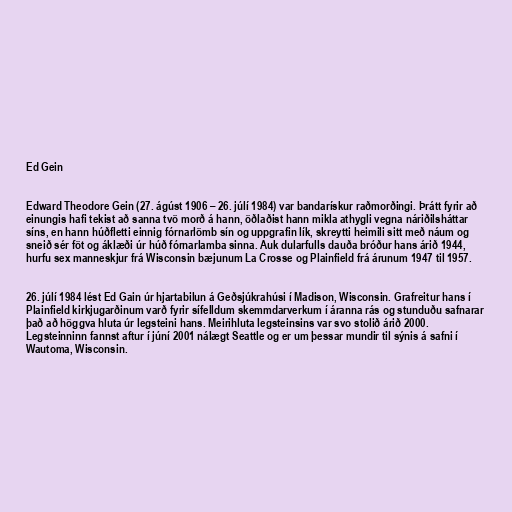
Ed Gein

Edward Theodore Gein (27. ágúst 1906 – 26. júlí 1984) var bandarískur raðmorðingi. Þrátt fyrir að
einungis hafi tekist að sanna tvö morð á hann, öðlaðist hann mikla athygli vegna náriðilsháttar
síns, en hann húðfletti einnig fórnarlömb sín og uppgrafin lík, skreytti heimili sitt með náum og
sneið sér föt og áklæði úr húð fórnarlamba sinna. Auk dularfulls dauða bróður hans árið 1944,
hurfu sex manneskjur frá Wisconsin bæjunum La Crosse og Plainfield frá árunum 1947 til 1957.

26. júlí 1984 lést Ed Gain úr hjartabilun á Geðsjúkrahúsi í Madison, Wisconsin. Grafreitur hans í
Plainfield kirkjugarðinum varð fyrir sífelldum skemmdarverkum í áranna rás og stunduðu safnarar
það að höggva hluta úr legsteini hans. Meirihluta legsteinsins var svo stolið árið 2000.
Legsteinninn fannst aftur í júní 2001 nálægt Seattle og er um þessar mundir til sýnis á safni í
Wautoma, Wisconsin.